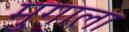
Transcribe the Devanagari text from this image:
मुगाला